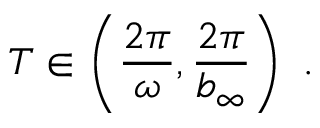
T \in \left( \frac { 2 \pi } { \omega } , \frac { 2 \pi } { b _ { \infty } } \right) \ .